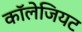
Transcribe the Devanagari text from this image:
कॉलेजियट